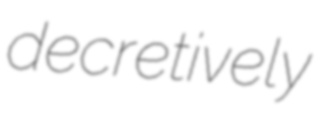
decretively